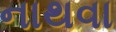
નાથવા